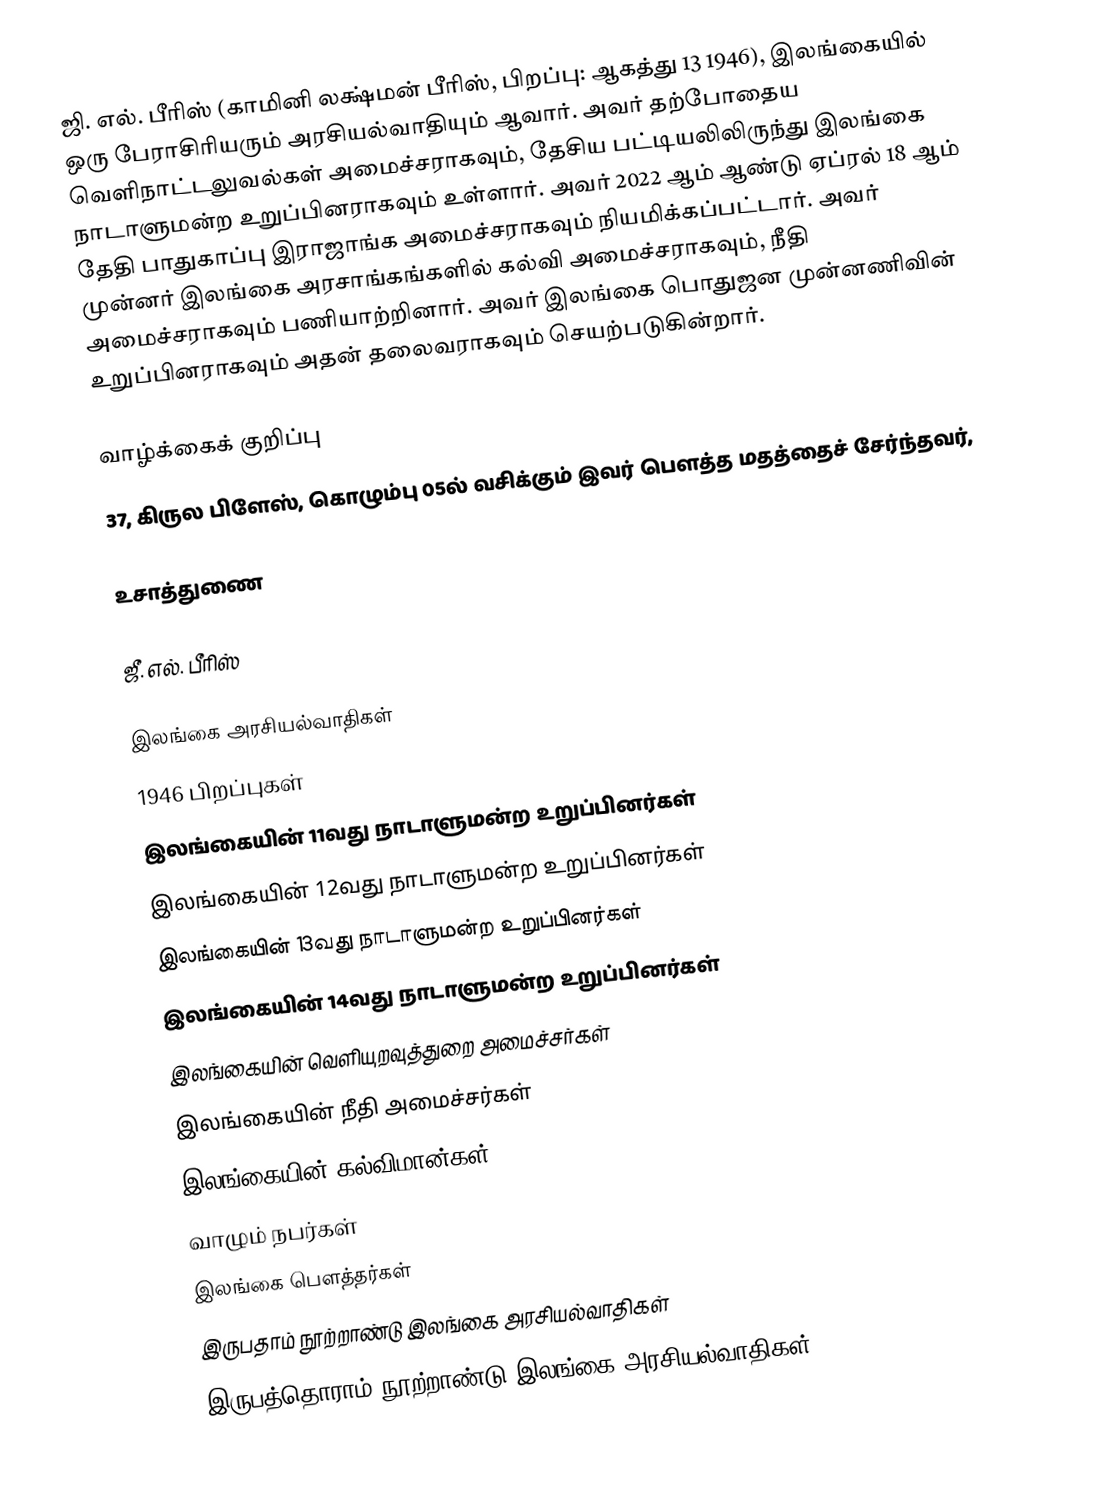
ஜி. எல். பீரிஸ் (காமினி லக்ஷ்மன் பீரிஸ், பிறப்பு: ஆகத்து 13 1946),   இலங்கையில் ஒரு பேராசிரியரும் அரசியல்வாதியும் ஆவார். அவர் தற்போதைய வெளிநாட்டலுவல்கள் அமைச்சராகவும், தேசிய பட்டியலிலிருந்து இலங்கை நாடாளுமன்ற உறுப்பினராகவும் உள்ளார். அவர் 2022 ஆம் ஆண்டு ஏப்ரல் 18 ஆம் தேதி பாதுகாப்பு இராஜாங்க அமைச்சராகவும் நியமிக்கப்பட்டார். அவர் முன்னர் இலங்கை அரசாங்கங்களில் கல்வி அமைச்சராகவும், நீதி அமைச்சராகவும் பணியாற்றினார். அவர் இலங்கை பொதுஜன முன்னணிவின் உறுப்பினராகவும் அதன் தலைவராகவும் செயற்படுகின்றார்.

வாழ்க்கைக் குறிப்பு
37, கிருல பிளேஸ், கொழும்பு 05ல்  வசிக்கும் இவர் பௌத்த மதத்தைச் சேர்ந்தவர்,

உசாத்துணை

 ஜீ. எல். பீரிஸ்

இலங்கை அரசியல்வாதிகள்
1946 பிறப்புகள்
இலங்கையின் 11வது நாடாளுமன்ற உறுப்பினர்கள்
இலங்கையின் 12வது நாடாளுமன்ற உறுப்பினர்கள்
இலங்கையின் 13வது நாடாளுமன்ற உறுப்பினர்கள்
இலங்கையின் 14வது நாடாளுமன்ற உறுப்பினர்கள்
இலங்கையின் வெளியுறவுத்துறை அமைச்சர்கள்
இலங்கையின் நீதி அமைச்சர்கள்
இலங்கையின் கல்விமான்கள்
வாழும் நபர்கள்
இலங்கை பௌத்தர்கள்
இருபதாம் நூற்றாண்டு இலங்கை அரசியல்வாதிகள்
இருபத்தொராம் நூற்றாண்டு இலங்கை அரசியல்வாதிகள்